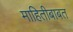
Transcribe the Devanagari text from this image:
माहितीबाबत